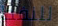
للنفط